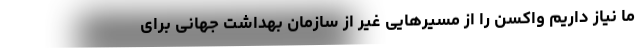
ما نیاز داریم واکسن را از مسیرهایی غیر از سازمان بهداشت جهانی برای